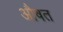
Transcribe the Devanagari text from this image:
औषत